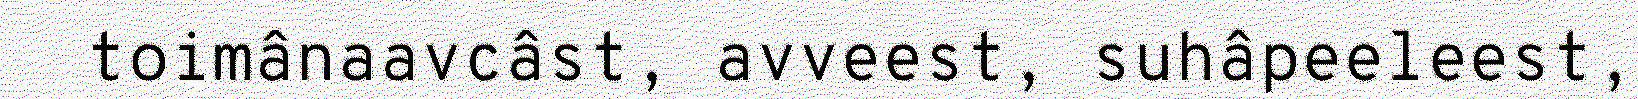
toimânaavcâst, avveest, suhâpeeleest,